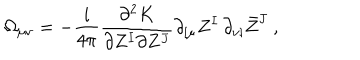
\Omega _ { \mu \nu } = - \frac i { 4 \pi } \frac { \partial ^ { 2 } K } { \partial Z ^ { I } \partial Z ^ { J } } \partial _ { [ \mu } Z ^ { I } \, \partial _ { \nu ] } \bar { Z } ^ { J } \ ,